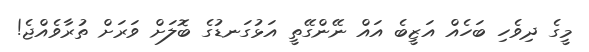
މީގެ ދިވެހި ބަހެއް އަޒީބެ އައް ނޭންގޭތީ އަޅުގަނޑުގެ ބޮލަށް ވަރަށް ތުރާވެއްޖެ!